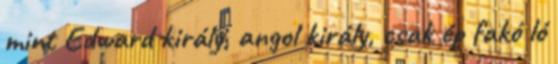
mint Edward király, angol király, csak ép fakó ló